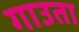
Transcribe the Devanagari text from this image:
गाउता